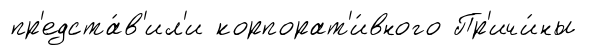
пр'едста́в'ил'и корпорат'и́вного Пр'ичи́ны